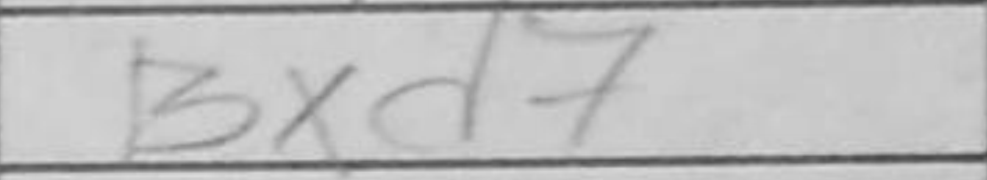
Transcription: Bxd7